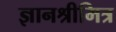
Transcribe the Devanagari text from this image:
ज्ञानश्रीमित्र